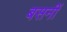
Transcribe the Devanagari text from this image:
बसनीं